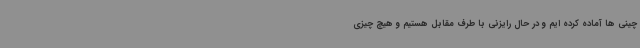
چینی ها آماده کرده ایم و در حال رایزنی با طرف مقابل هستیم و هیچ چیزی